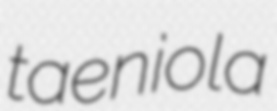
taeniola